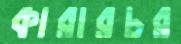
কারারচর